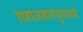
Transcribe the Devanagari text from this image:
शहाजहानपूरमध्ये